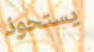
يستحوذ